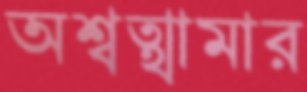
অশ্বত্থামার